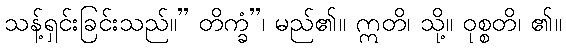
သန့်ရှင်းခြင်းသည်။” တိက္ခံ”၊ မည်၏။ ဣတိ၊ သို့။ ဝုစ္စတိ၊ ၏။